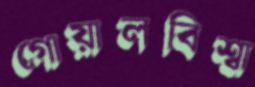
গোয়ালবিশ্বা